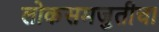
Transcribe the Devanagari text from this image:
लोकसमजुतीचा